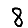
Digit: 8